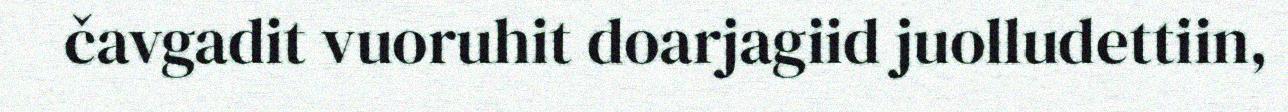
čavgadit vuoruhit doarjagiid juolludettiin,